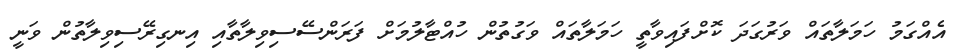
އެއްގަމު ހަމަލާތައް ވަރުގަދަ ކޮށްފައިވާތީ ހަމަލާތައް ވަގުތުން ހުއްޓާލުމަށް ފަރަންސޭސިވިލާތާއި އިނގިރޭސިވިލާތުން ވަނީ